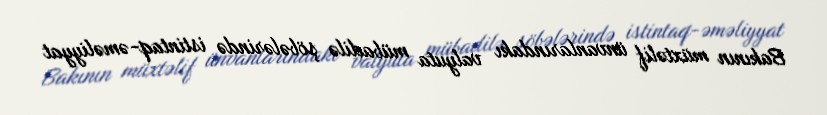
Bakının müxtəlif ünvanlarındakı valyuta mübadilə şöbələrində istintaq-əməliyyat